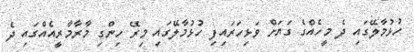
ހުޅުމާލޭގައި ދެ މީހެއްގެ ގަޔަށް ވަޅިހަރައިފި ހުޅުމާލޭގައި މިރޭ ހިންގި މާރާމާރީއެއްގައި ދެ